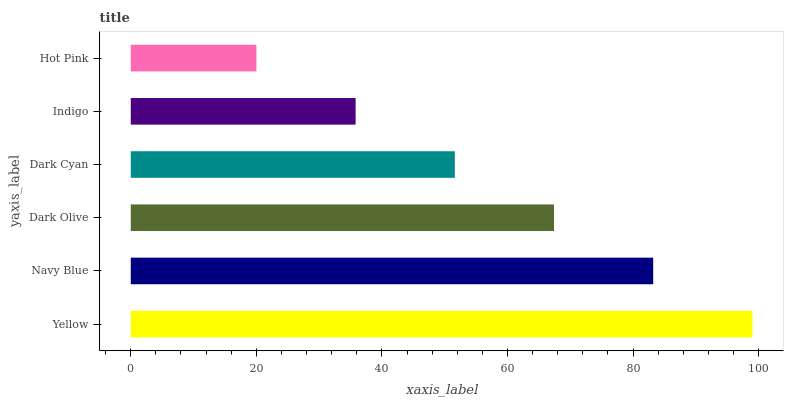
| yaxis_label | bars |
 | --- | --- |
 | Yellow | 99 |
 | Navy Blue | 83.2 |
 | Dark Olive | 67.4 |
 | Dark Cyan | 51.6 |
 | Indigo | 35.8 |
 | Hot Pink | 20 |